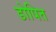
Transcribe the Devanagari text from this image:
डोपित